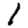
Digit: 1